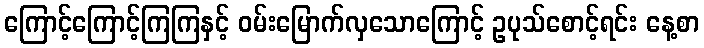
ကြောင့်ကြောင့်ကြကြနှင့် ဝမ်းမြောက်လှသောကြောင့် ဥပုသ်စောင့်ရင်း နေ့စာ